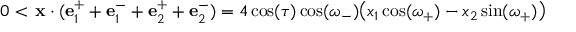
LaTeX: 0 < \, \mathbf { x } \cdot ( \mathbf { e } _ { 1 } ^ { + } + \mathbf { e } _ { 1 } ^ { - } + \mathbf { e } _ { 2 } ^ { + } + \mathbf { e } _ { 2 } ^ { - } ) = 4 \cos ( \tau ) \cos ( \omega _ { - } ) \big ( x _ { 1 } \cos ( \omega _ { + } ) - x _ { 2 } \sin ( \omega _ { + } ) \big )